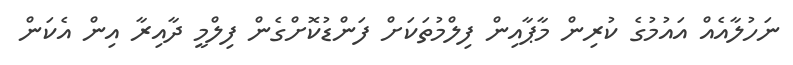
ނަހުލާއެއް އައުމުގެ ކުރިން މާޕާއިން ފިލްމުތަކަށް ފަންޑުކޮށްގެން ފިލްމީ ދާއިރާ އިން އެކަން